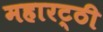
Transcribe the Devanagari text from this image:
महारट्ठी